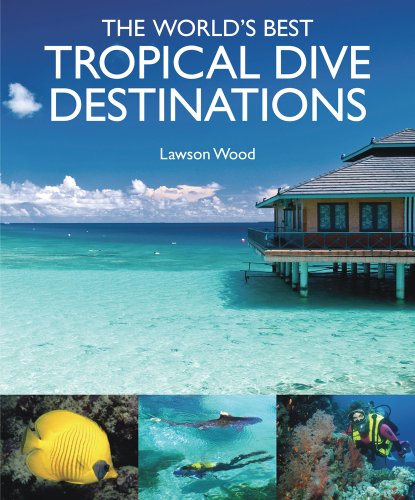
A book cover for The World's Best Tropical Dive Destinations; Lawson Wood; Travel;